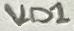
Text: VD1